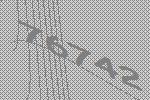
76742